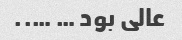
عالی بود … …..